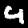
Digit: 4